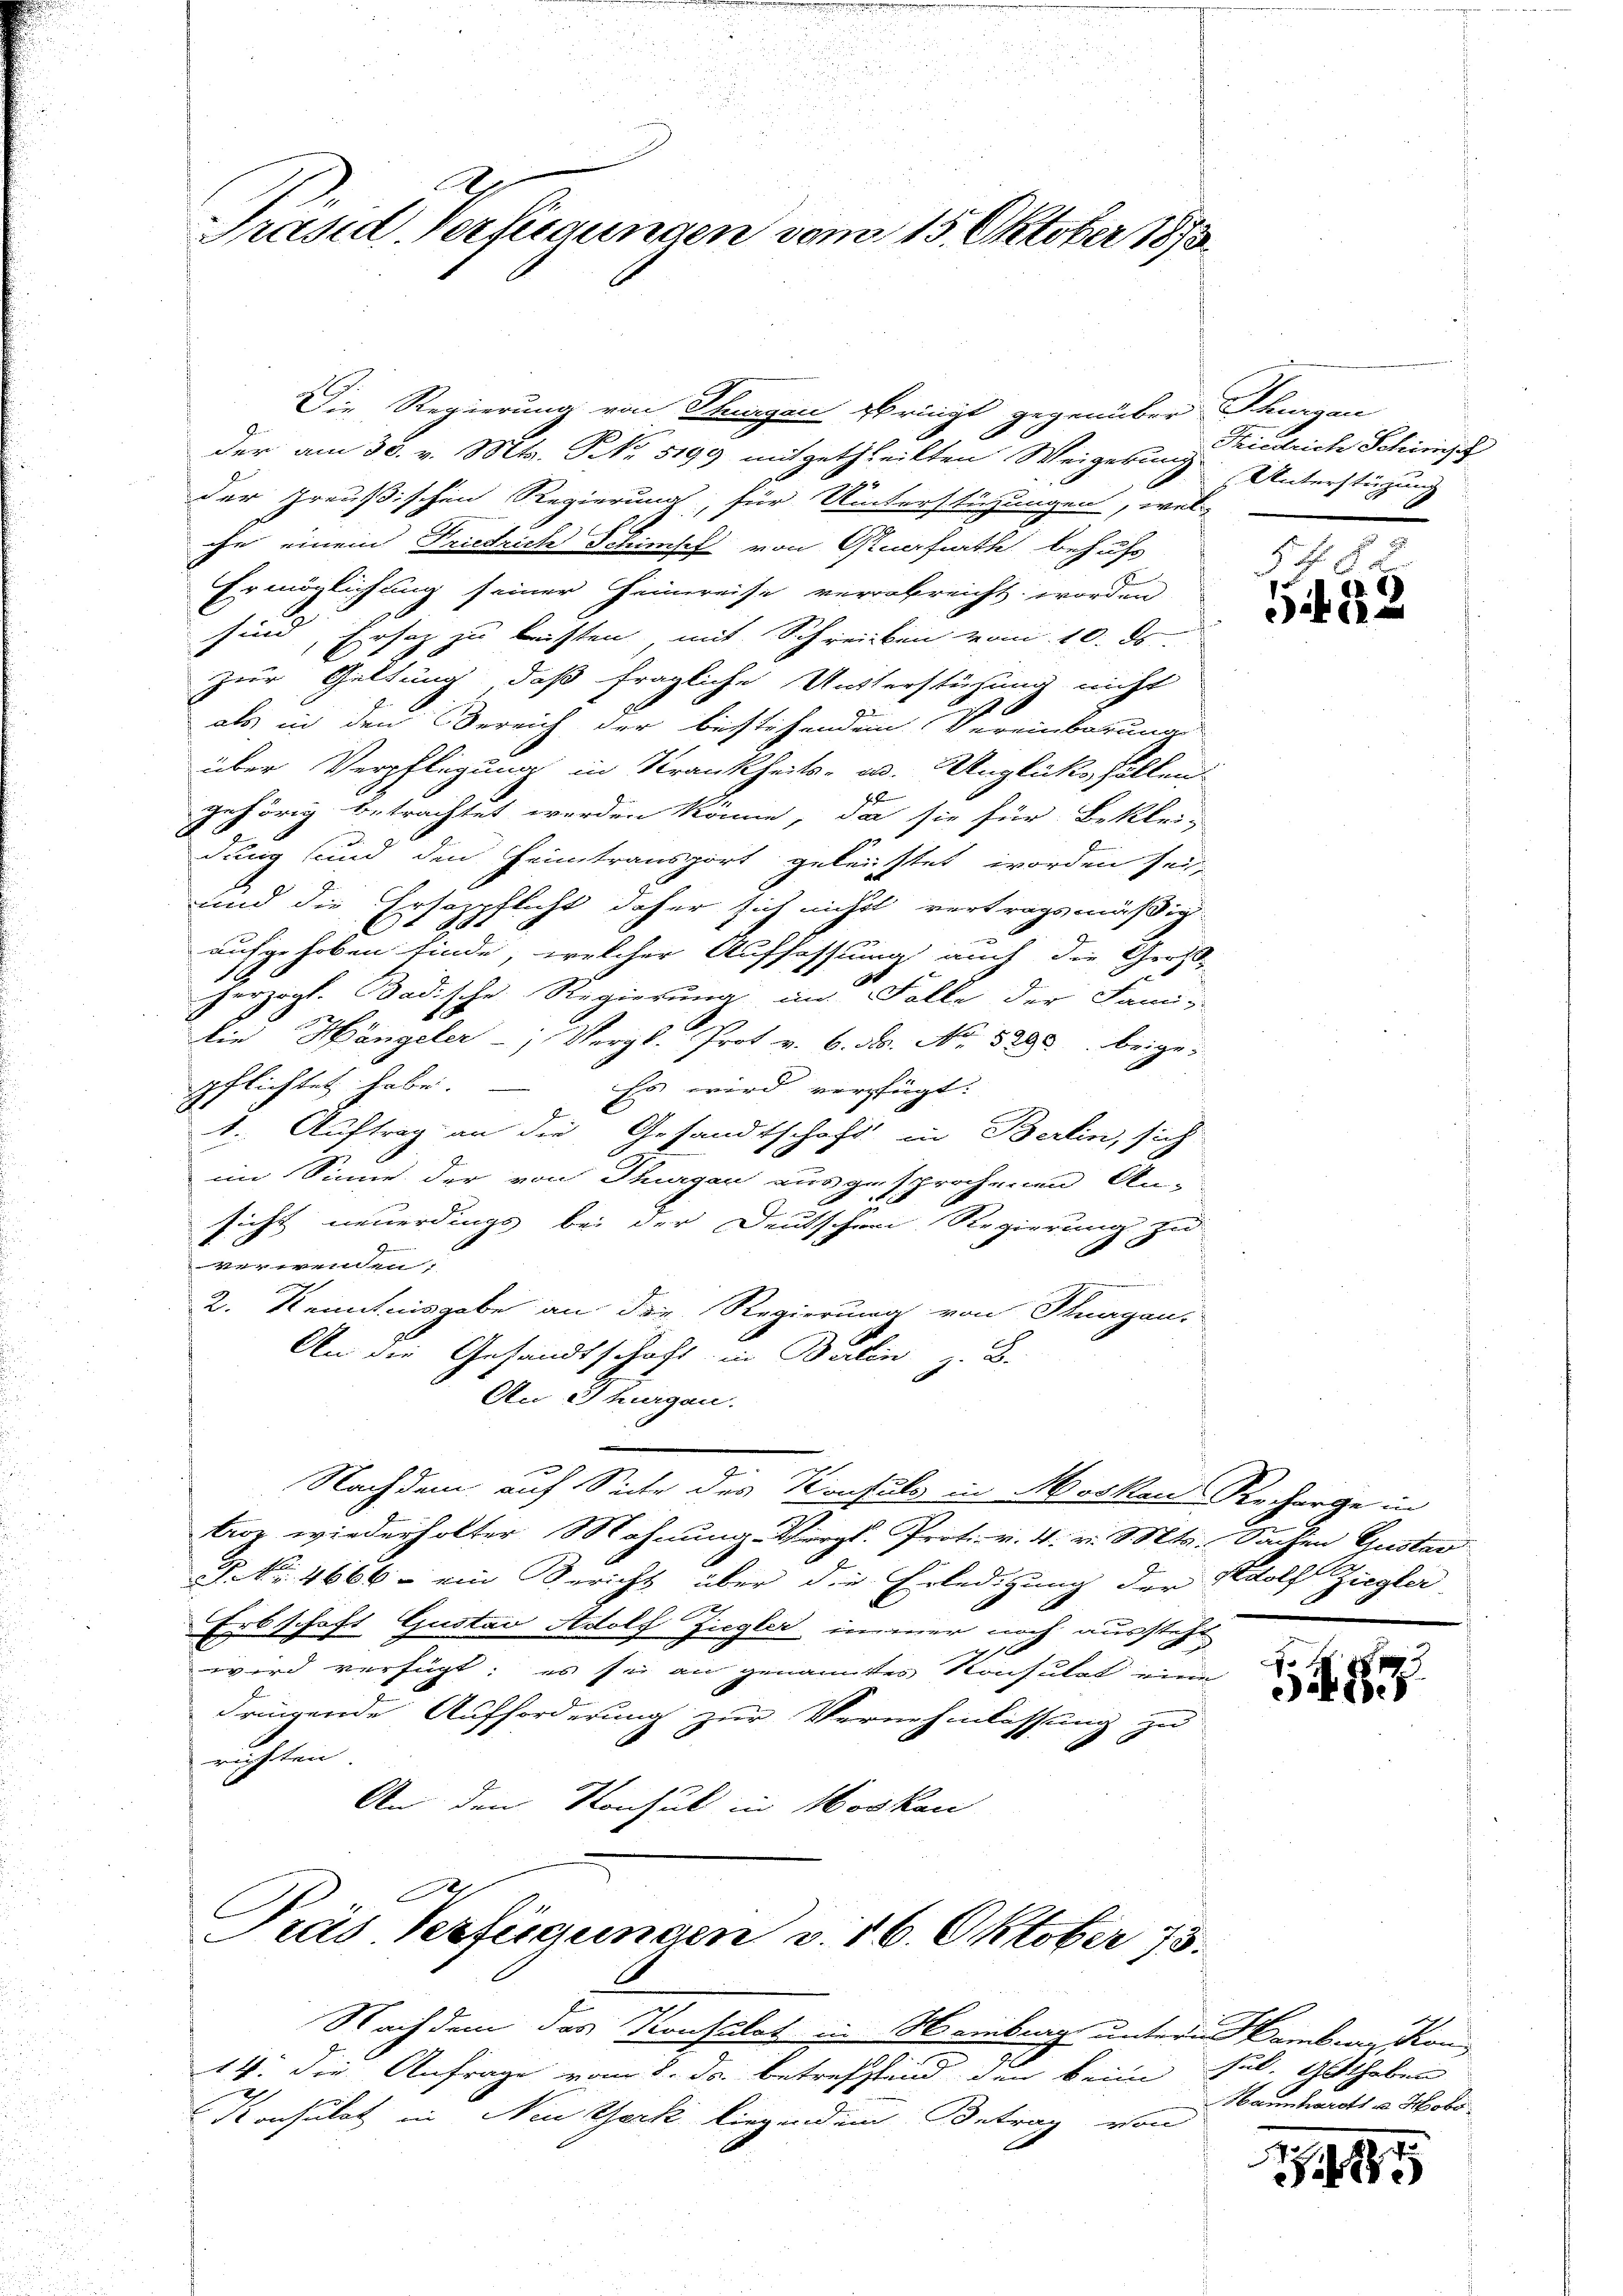
Präsid. Verfügungen vom 15. Oktober 1873.

der am 30. v. Mts. NNo. 5199 mitgetheilten Weigerung Unterstüzung
 30.
der preußischen Regierung, für Unterstüzungen, wel-
ihn einem Friedrich Schimpf von Gruerfurth behufs
Ermöglichung seiner Heimreise verabreicht worden
sind, Ersatz zu leisten, mit Schreiben vom 10. ds.
zur Geltung, daß fragliche Unterstüzung nicht
als in den Bereich der bestehendem Vereinbarung
über Verpflegung in Krankheits- u. Unglücksfällen
gehörig betrachtet werden könne, da sie für Beklei-
dung sind den Heimtransport geleistet worden seinen
und die Ersazpflicht daher sich nichts vertragsmäßig
aufgehoben finde, welcher Auffassung auch die Groß-
herzogl. Badische Regierung im Falle der Fami-
Die Hängeler -; Vergl. Prot v. 6. ds. No. 5298 beige-
pflichtet habe. – Es wird verfügt:
1. Auftrag an die Gesandtschaft in Berlin, sich
im Sinne der von Thurgau ausgesprochenen An-
sicht neuerdings bei der Deutscher Regierung zu
n
verwenden
2. Kenntnisgabe an Dir. Regierung von Flurgen.
An die Gesandtschaft in Beilen z. B.
An Thurgen.
Nachdem auf Siche des Konsuls in Moskau Recharge in
troz wiederholter Mahnung- Vergl. Prot. v. 4. v. Mts. Sachen Gustan
P.Nr. 4666 ein Bericht über die Erledigung der Wolf Zieglei

Erbschaft Gustav Adolf Ziegler immer noch aussteht
wird verfügt: es sei an genanntes Konsulat eine
drückende Aufforderung zur Vernehmlassung zu
richten.
An den Konsul in Hoskau

Die Regierung von Stangen springt gegenüber Thurgau

Pras Verfügungen v. 16. Oktober 18.

Nachdem das Konsulat in Hamburg untern Hamburg kon
14. die Anfrage vom 8. ds. betreffend den beim
Konsulat in Neuzerk liegendem Betrag von

Friedrich Schinisch

54 § 2
552

n
3487

fel, Antheben
Mannhardts u. Hobo